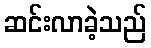
ဆင်းလာခဲ့သည်